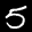
Label: 5